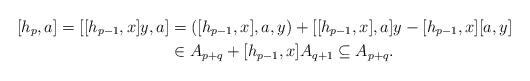
LaTeX: \begin{align*} [h_p,a]=[[h_{p-1},x]y,a]&=([h_{p-1},x],a,y)+[[h_{p-1},x],a]y-[h_{p-1},x][a,y]&\\ &\in A_{p+q}+[h_{p-1},x]A_{q+1}\subseteq A_{p+q}.&\end{align*}